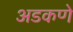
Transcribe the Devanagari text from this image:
अडकणे